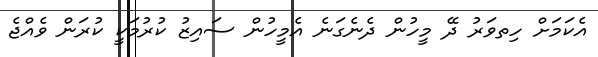
އެކަމަށް ހިތވަރު ދޭ މީހުން ދެނެގަނެ އެމީހުން ސައިޒު ކުރުމަކީ ކުރަން ވެއްޖެ